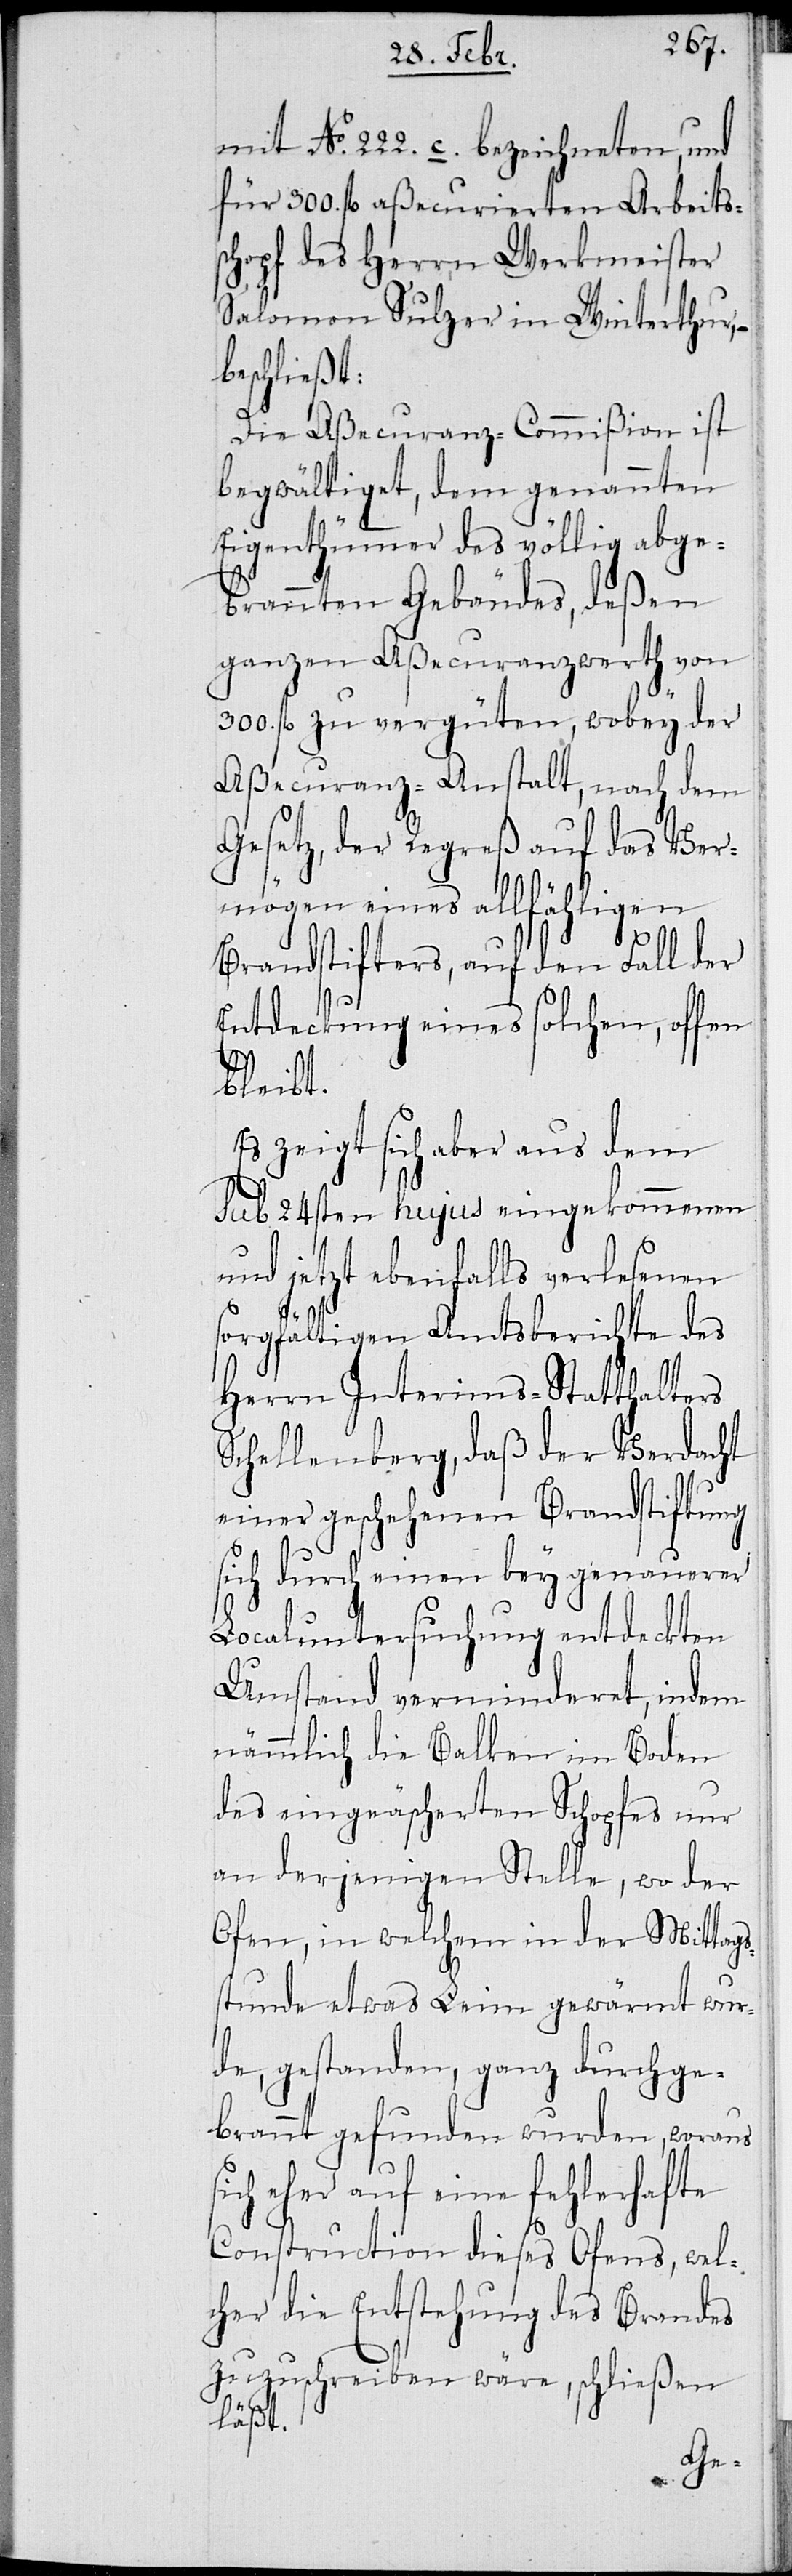
mit No. 222. c. bezeichneten, und
für 300. fl aßecurierten Arbeits¬
chopf des Herrn Werkmeister
Salomon Sulzer in Winterthur,
beschließt:
Die Aßecuranz-Commißion ist
begwältiget, dem genannten
Eigenthümmer des völlig abge¬
brannten Gebäudes, deßen
ganzen Aßecuranzwerth von
300. fl zu vergüten, wobey der
Aßecuranz-Anstalt, nach dem
Gesetz, der Regreß auf das Ver¬
mögen eines allfähligen
s¬
Brandstifters, auf den Fall der
Entdeckung eines solchen, offen
bleibt.
Es zeigt sich aber aus dem
sub 24 hujus eingekommenen
und jetzt ebenfalls verlesenen
sorgfältigen Amtsberichte des
Herrn Interims-Statthalters
Schellenberg, daß der Verdacht
einer geschehenen Brandstiftung
sich durch einen bey genauerer
Localuntersuchung entdeckten
Umstand verminderet, indem
nämmlich die Balken im Boden
des eingeäscherten Schopfes nur
an derjenigen Stelle, wo der
Ofen, in welchem in der Mittags¬
stunde etwas Leim gewärmt wur¬
de, gestanden, ganz durchge¬
brannt gefunden wurden, woraus
ich eher auf eine fehlerhafte
Construction dieses Ofens, wel¬
cher die Entstehung des Brandes
zuzuschreiben wäre, schließen
läßt.